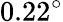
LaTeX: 0.22^{\circ}